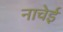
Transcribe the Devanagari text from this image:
नाचेई